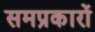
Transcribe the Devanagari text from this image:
समप्रकारों